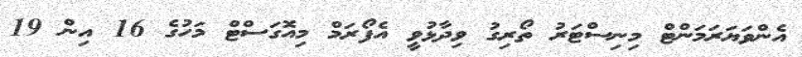
އެންވަޔަރަމަންޓް މިނިސްޓަރު ތޯރިގު ވިދާޅުވީ އެފޯރަމް މިއޮގަސްޓް މަހުގެ 16 އިން 19